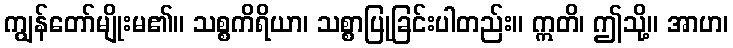
ကျွန်တော်မျိုးမ၏။ သစ္စကိရိယာ၊ သစ္စာပြုခြင်းပါတည်း။ ဣတိ၊ ဤသို့။ အာဟ၊